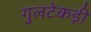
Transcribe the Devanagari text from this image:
गुलटेकड़ी